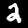
Digit: 2